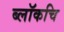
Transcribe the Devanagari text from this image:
ब्लॉकचि